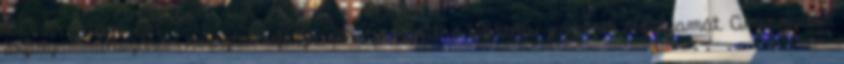
árfolyamváltozásán keresztül befolyásolhatja az Alap befektetési jegyeinek árfolyamát. Amennyiben